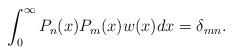
LaTeX: \begin{align*}\int_{0}^{\infty}P_{n}(x)P_{m}(x)w(x)dx=\delta_{m n}.\end{align*}